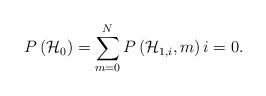
LaTeX: \begin{align*}P\left( { \mathcal{H} }_{ 0 } \right) =\sum _{ m=0 }^{ N }{ P\left( { \mathcal{H} }_{ 1,i },m \right) i = 0 }. \end{align*}